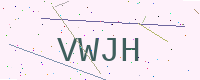
Text: VWJH